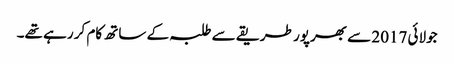
جولائی 2017 سے بھرپور طریقے سے طلبہ کے ساتھ کام کر رہے تھے۔